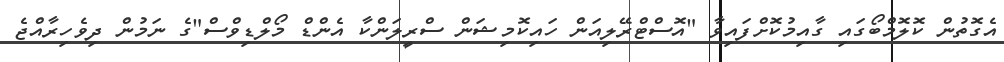
އެގޮތުން ކޮލޮމްބޯގައި ގާއިމުކޮށްފައިވާ "އޮސްޓްރޭލިއަން ހައިކޮމިޝަން ސްރީލަންކާ އެންޑް މޯލްޑިވްސް"ގެ ނަމުން ދިވެހިރާއްޖެ